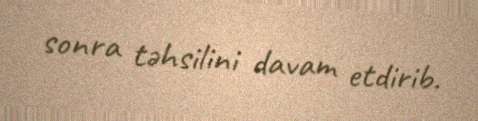
sonra təhsilini davam etdirib.